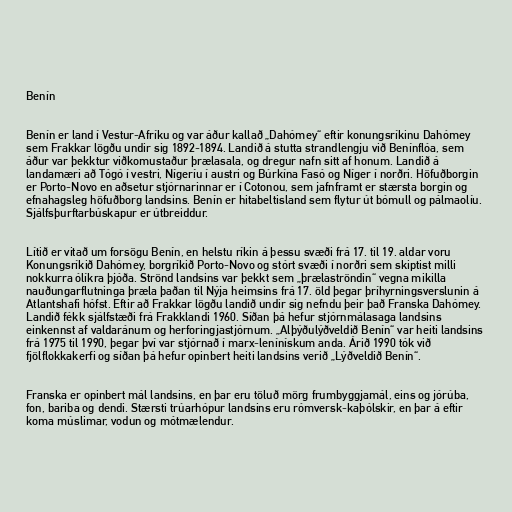
Benín

Benín er land í Vestur-Afríku og var áður kallað „Dahómey“ eftir konungsríkinu Dahómey
sem Frakkar lögðu undir sig 1892-1894. Landið á stutta strandlengju við Benínflóa, sem
áður var þekktur viðkomustaður þrælasala, og dregur nafn sitt af honum. Landið á
landamæri að Tógó í vestri, Nígeríu í austri og Búrkína Fasó og Níger í norðri. Höfuðborgin
er Porto-Novo en aðsetur stjórnarinnar er í Cotonou, sem jafnframt er stærsta borgin og
efnahagsleg höfuðborg landsins. Benín er hitabeltisland sem flytur út bómull og pálmaolíu.
Sjálfsþurftarbúskapur er útbreiddur.

Lítið er vitað um forsögu Benín, en helstu ríkin á þessu svæði frá 17. til 19. aldar voru
Konungsríkið Dahómey, borgríkið Porto-Novo og stórt svæði í norðri sem skiptist milli
nokkurra ólíkra þjóða. Strönd landsins var þekkt sem „þrælaströndin“ vegna mikilla
nauðungarflutninga þræla þaðan til Nýja heimsins frá 17. öld þegar þríhyrningsverslunin á
Atlantshafi hófst. Eftir að Frakkar lögðu landið undir sig nefndu þeir það Franska Dahómey.
Landið fékk sjálfstæði frá Frakklandi 1960. Síðan þá hefur stjórnmálasaga landsins
einkennst af valdaránum og herforingjastjórnum. „Alþýðulýðveldið Benín“ var heiti landsins
frá 1975 til 1990, þegar því var stjórnað í marx-lenínískum anda. Árið 1990 tók við
fjölflokkakerfi og síðan þá hefur opinbert heiti landsins verið „Lýðveldið Benín“.

Franska er opinbert mál landsins, en þar eru töluð mörg frumbyggjamál, eins og jórúba,
fon, bariba og dendi. Stærsti trúarhópur landsins eru rómversk-kaþólskir, en þar á eftir
koma múslimar, vodun og mótmælendur.